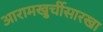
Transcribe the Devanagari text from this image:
आरामखुर्चीसारखा